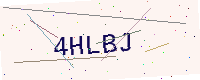
Text: 4HLBJ